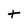
Character: t